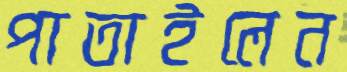
পাতাইলেন